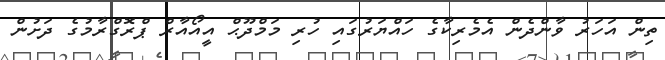
ތިން އަހަރު ވާންދެން އެމެރިކާގެ ހައްޔަރުގައި ހުރި މަމްދޫޙް އީއޯއާރް ޕްރޮގްރާމުގެ ދަށުން